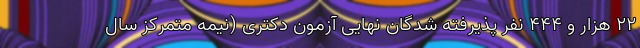
۲۲ هزار و ۴۴۴ نفر پذیرفته شدگان نهایی آزمون دکتری (نیمه متمرکز سال